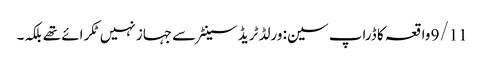
9/11 واقعہ کا ڈراپ سین: ورلڈ ٹریڈ سینٹر سے جہاز نہیں ٹکرائے تھے بلکہ۔